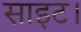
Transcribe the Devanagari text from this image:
साइट।